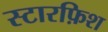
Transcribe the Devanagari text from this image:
स्टारफ़िश